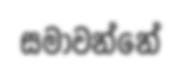
සමාවන්නේ